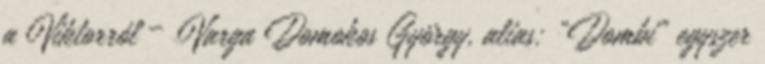
a Viktorról – Varga Domokos György, alias: „Dombi” egyszer